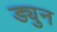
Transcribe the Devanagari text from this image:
ड्युन